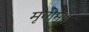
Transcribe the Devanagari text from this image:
मृगीम्।।